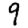
Digit: 9